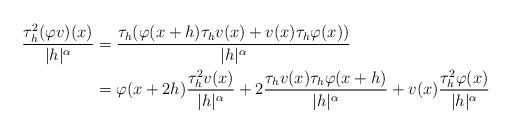
LaTeX: \begin{align*} \frac{\tau^2_h(\varphi v)(x)}{|h|^\alpha} & = \frac{\tau_h(\varphi(x+h) \tau_hv(x)+v(x) \tau_h\varphi(x))}{|h|^\alpha} \\ &=\varphi(x+2h)\frac{\tau^2_hv(x)}{|h|^\alpha}+2 \frac{\tau_hv(x)\tau_h\varphi(x+h)}{|h|^\alpha}+v(x) \frac{\tau^2_{h}\varphi(x)}{|h|^\alpha} \end{align*}